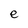
Character: e